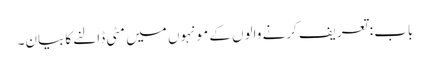
باب : تعریف کرنے والوں کے مونہوں میں مٹی ڈالنے کا بیان۔